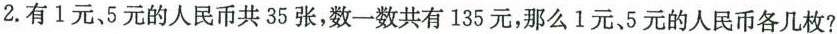
2.有1元、5元的人民币共35张，数一数共有135元，那么l元、5元的人民币各几枚?